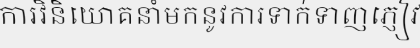
ការវិនិយោគនាំមកនូវការទាក់ទាញភ្ញៀវ